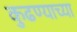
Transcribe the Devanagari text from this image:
कुढण्याच्या